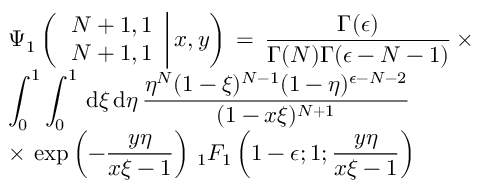
\begin{array} { l } { \displaystyle \Psi _ { 1 } \left( \left. \begin{array} { l } { N + 1 , 1 } \\ { N + 1 , 1 } \end{array} \right| x , y \right) \, = \, \frac { \Gamma ( \epsilon ) } { \Gamma ( N ) \Gamma ( \epsilon - N - 1 ) } \, \times } \\ { \displaystyle \int _ { 0 } ^ { 1 } \int _ { 0 } ^ { 1 } \, \mathrm { d } \xi \, \mathrm { d } \eta \, \frac { \eta ^ { N } ( 1 - \xi ) ^ { N - 1 } ( 1 - \eta ) ^ { \epsilon - N - 2 } } { ( 1 - x \xi ) ^ { N + 1 } } \, } \\ { \displaystyle \times \, \exp \left( - \frac { y \eta } { x \xi - 1 } \right) \, { } _ { 1 } F _ { 1 } \left( 1 - \epsilon ; 1 ; \frac { y \eta } { x \xi - 1 } \right) } \end{array}